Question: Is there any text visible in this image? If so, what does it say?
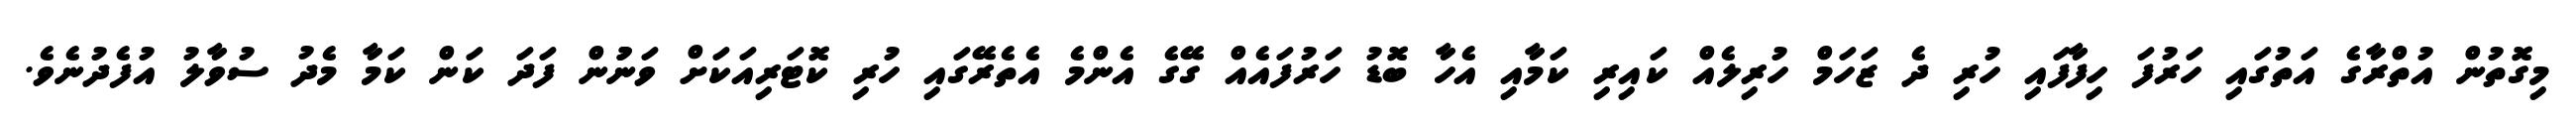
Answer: މިގޮތުން އުތްރާގެ އަތުގައި ހަރުފަ ހިފާފައި ހުރި ދެ ޒަހަމް ހުރިލެއް ކައިރި ކަމާއި އެހާ ބޮޑު ހަރުފައެއް ގޭގެ އެންމެ އެތެރޭގައި ހުރި ކޮޓަރިއަކަށް ވަނުުން ފަދަ ކަން ކަމާ މެދު ސުވާލު އުފެދުނެވެ.